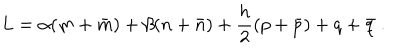
L = \alpha ( m + \bar { m } ) + \beta ( n + \bar { n } ) + \frac { h } { 2 } ( p + \bar { p } ) + q + \bar { q } \ .